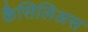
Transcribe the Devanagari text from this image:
कैसिलिअस